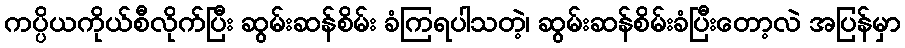
ကပ္ပိယကိုယ်စီလိုက်ပြီး ဆွမ်းဆန်စိမ်း ခံကြရပါသတဲ့၊ ဆွမ်းဆန်စိမ်းခံပြီးတော့လဲ အပြန်မှာ